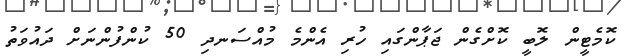
ކޮމެޓީން ލޮބީ ކޮށްގެން ޖަޕާންގައި ހުރި އެންމެ މުއްސަނދި 50 ކުންފުންނަށް ދައުވަތު